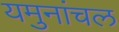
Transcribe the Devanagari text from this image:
यमुनांचल